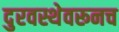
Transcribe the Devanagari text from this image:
दुरवस्थेवरूनच